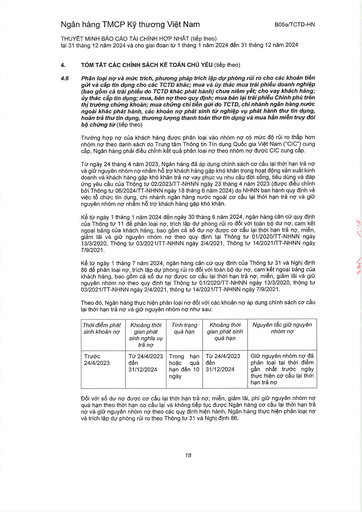
|Thời điểm phát sinh khoản nợ|Khoảng thời gian phát sinh nghĩa vụ trả nợ|Tình trạng quá hạn|Khoảng thời gian phát sinh quá hạn|Nguyên tắc giữ nguyên nhóm nợ| |---|---|---|---|---| |Trước 24/4/2023|Từ 24/4/2023 đến 31/12/2024|Trong hạn hoặc quá hạn đến 10 ngày|Từ 24/4/2023 đến 31/12/2024|Giữ nguyên nhóm nợ đã phân loại tại thời điểm gần nhất trước ngày thực hiện cơ cấu lại thời hạn trả nợ|